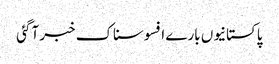
پاکستانیوں بارے افسوسناک خبر آگئی